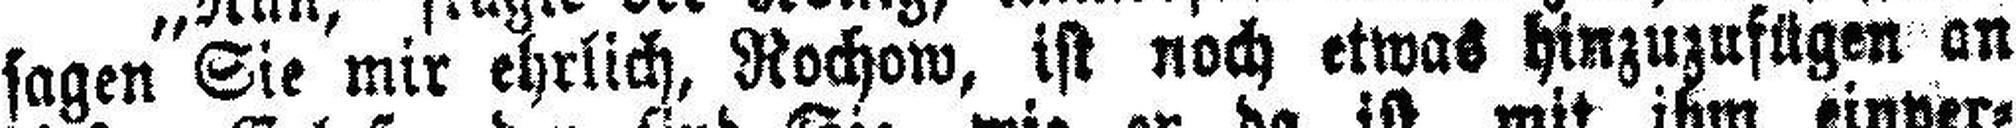
sagen Sie mir ehrlich, Rochow, ist noch etwas hinzuzufügen an